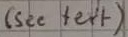
Text: (see text)